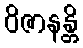
ဝိဇာနန္တိ